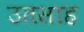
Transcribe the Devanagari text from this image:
उतसाह